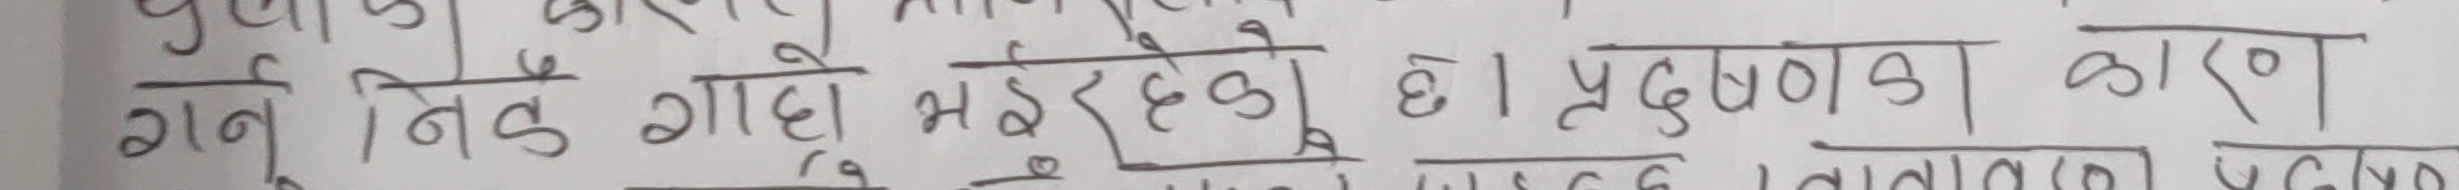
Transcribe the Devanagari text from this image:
गर्नु निकै गाँढो भइरहेको छ । प्रदुषणको कारण